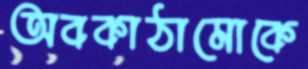
অবকাঠামোকে